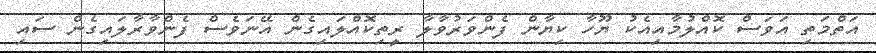
އަތްމަތި އަވަސް ކޮއްލުމާއިއެކު ޔޫހާ ކިޔާން ފެންވަރުވާލާ ރީތިކޮއްލައިގެން އޭނަވެސް ފެންވާރާލައިގެން ސައި